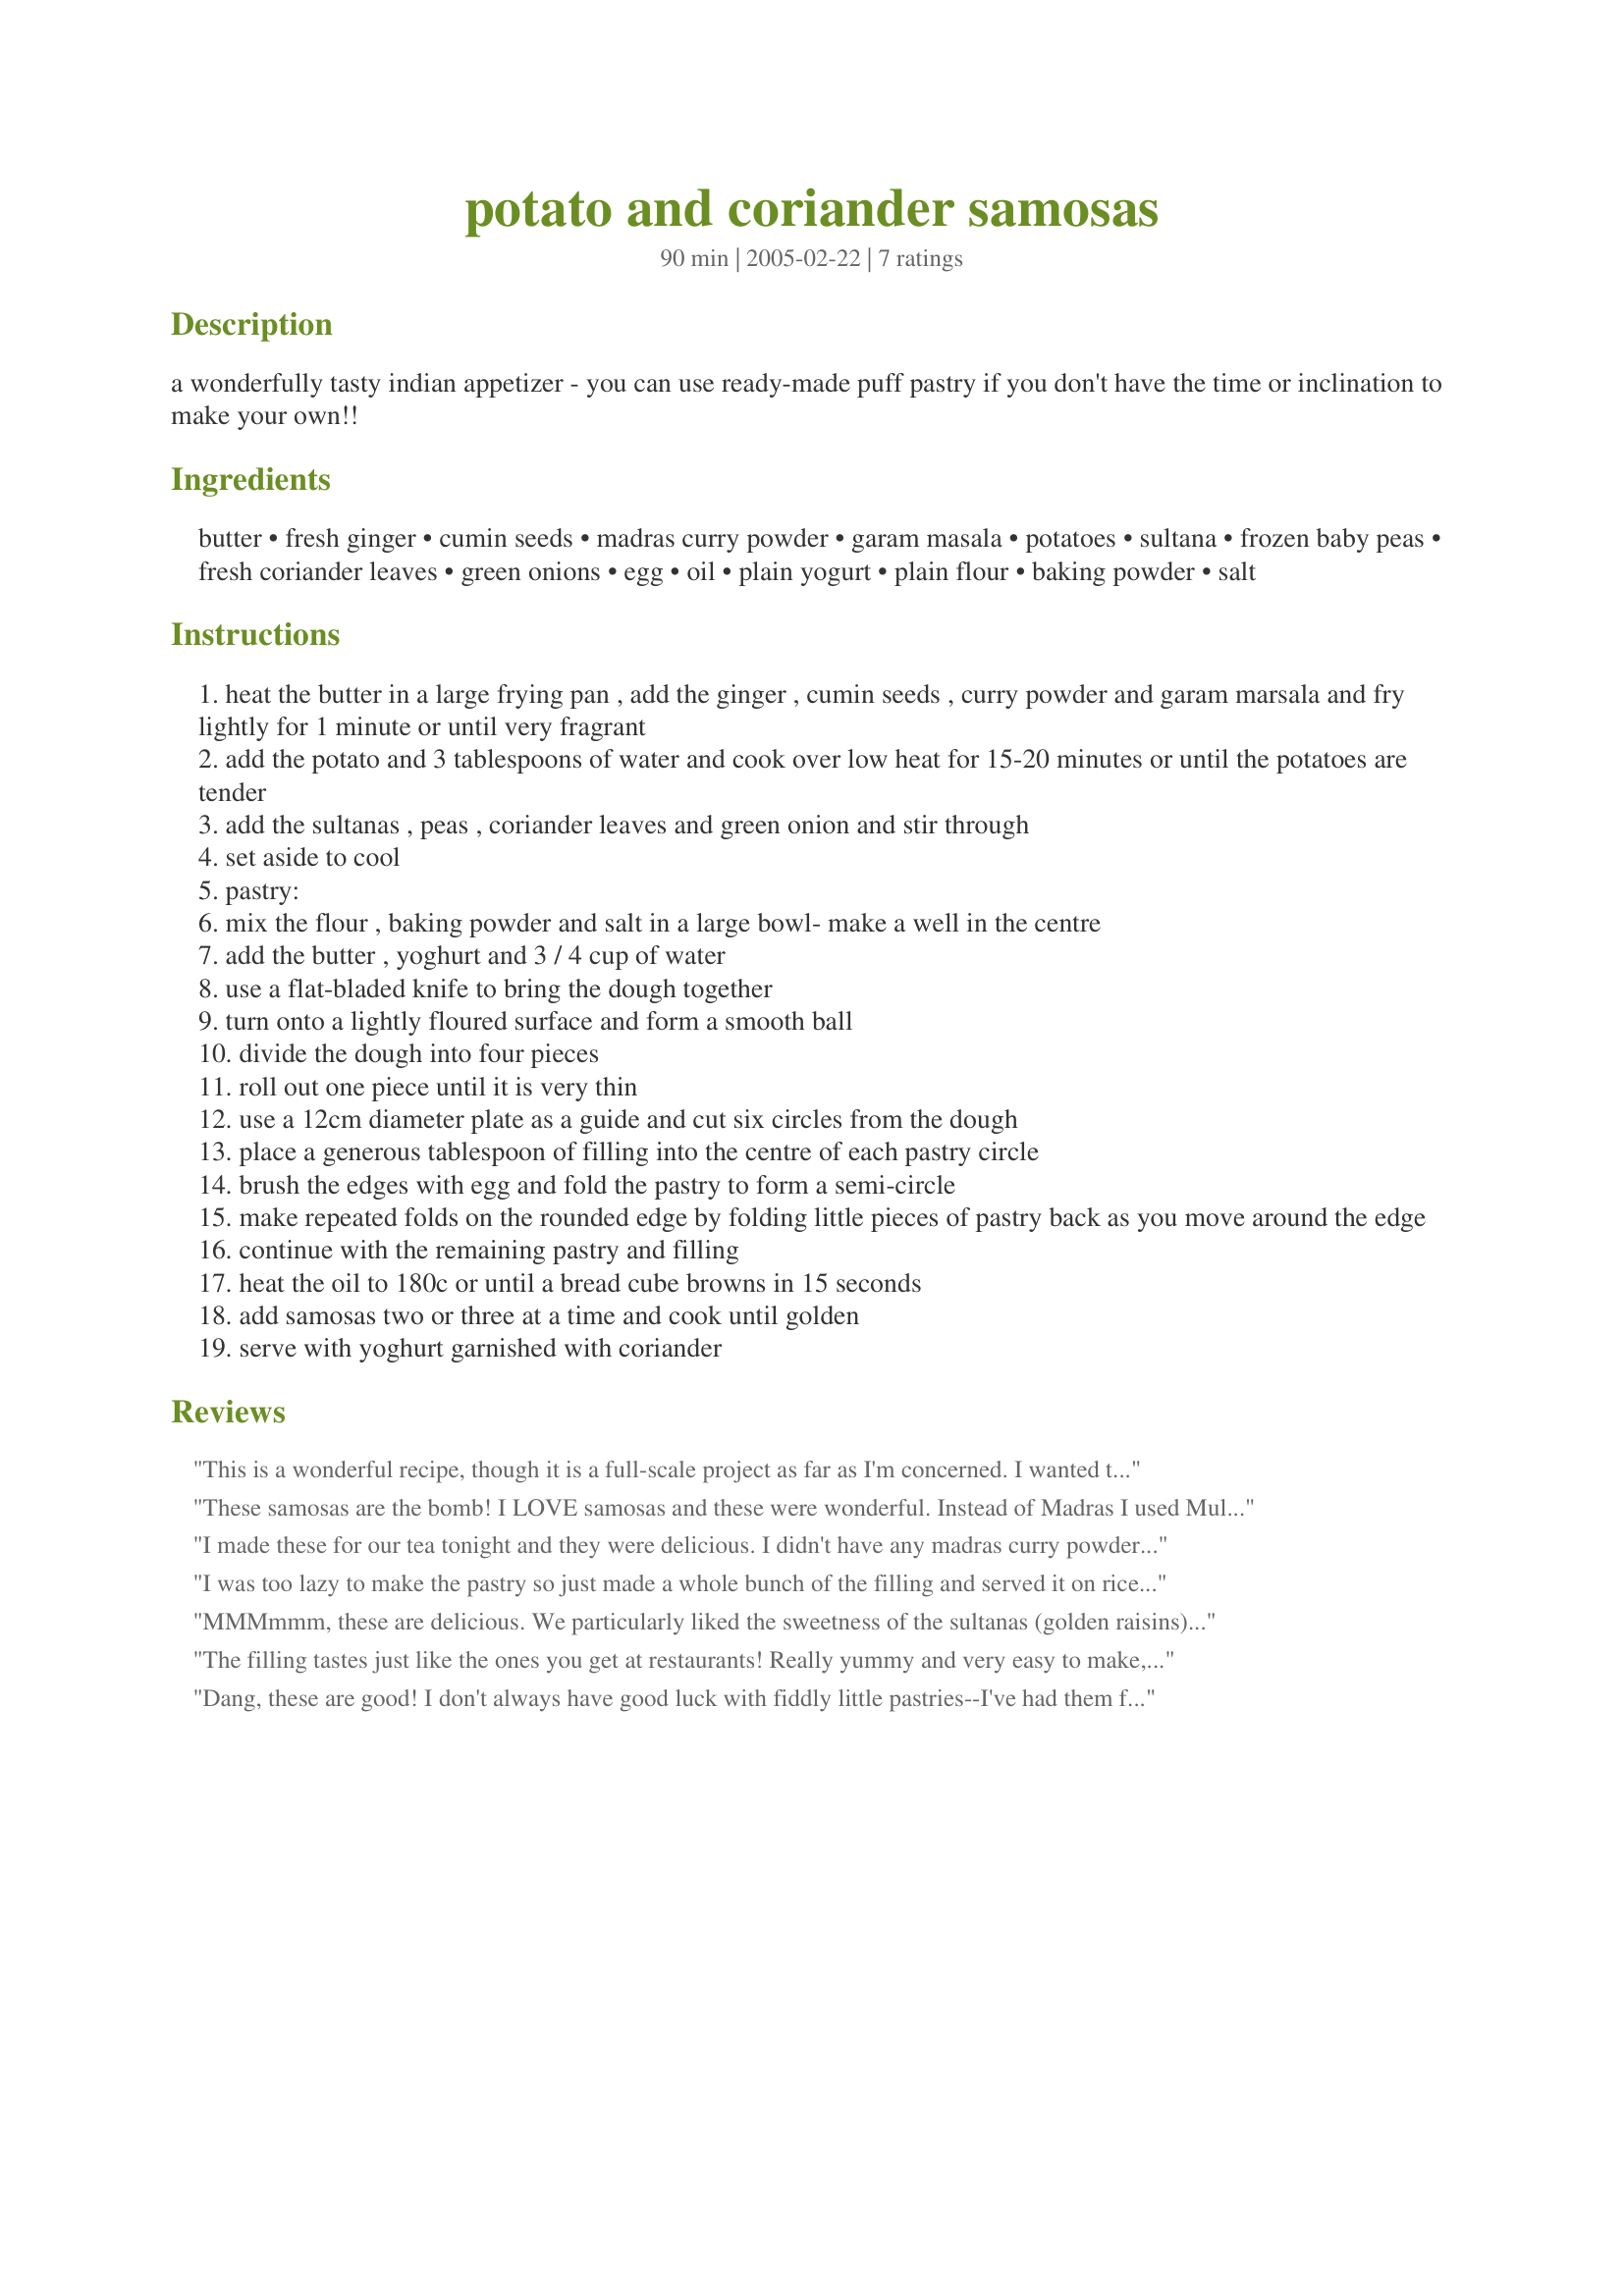
potato and coriander samosas
Preparation time: 90 minutes

a wonderfully tasty indian appetizer - you can use ready-made puff pastry if you don't have the time or inclination to make your own!!

Ingredients:
butter, fresh ginger, cumin seeds, madras curry powder, garam masala, potatoes, sultana, frozen baby peas, fresh coriander leaves, green onions, egg, oil, plain yogurt, plain flour, baking powder, salt

Steps:
heat the butter in a large frying pan , add the ginger , cumin seeds , curry powder and garam marsala and fry lightly for 1 minute or until very fragrant
add the potato and 3 tablespoons of water and cook over low heat for 15-20 minutes or until the potatoes are tender
add the sultanas , peas , coriander leaves and green onion and stir through
set aside to cool
pastry:
mix the flour , baking powder and salt in a large bowl- make a well in the centre
add the butter , yoghurt and 3 / 4 cup of water
use a flat-bladed knife to bring the dough together
turn onto a lightly floured surface and form a smooth ball
divide the dough into four pieces
roll out one piece until it is very thin
use a 12cm diameter plate as a guide and cut six circles from the dough
place a generous tablespoon of filling into the centre of each pastry circle
brush the edges with egg and fold the pastry to form a semi-circle
make repeated folds on the rounded edge by folding little pieces of pastry back as you move around the edge
continue with the remaining pastry and filling
heat the oil to 180c or until a bread cube browns in 15 seconds
add samosas two or three at a time and cook until golden
serve with yoghurt garnished with coriander

Reviews:
This is a wonderful recipe, though it is a full-scale project as far as I'm concerned. I wanted to wrap them like the Indian restaurants I go to in Tokyo, so found a YouTube video showing how. Instead of cutting out rounds, you make an oblong out of enough dough for two samosas (80 grams for two seemed about right), then cut the oblong into two half-circles, make a cone, fill it, add a sort of pleat to one side and close the cone. I followed the video's directions for wrapping, but used this recipe for everything else. I did fill them a little too full, but should improve with practice - when I have more energy. Thank you very very much for sharing this recipe with us.
These samosas are the bomb! I LOVE samosas and these were wonderful. Instead of Madras I used Mulligatawny Paste (Tamarind & Chilie paste)because I wanted a kick. Also, instead of rasins I used dates. These were ultra fabulous and were enjoyed by all who were lucky enough to get to the plate before they were gone! I also used puff pastry and cooked them in the oven at 400 degrees for 15 minutes. Beautiful recipe!!!! I served them with Raita & Chutney by elmotoo.
I made these for our tea tonight and they were delicious. I didn't have any madras curry powder so used medium curry powder and added a bit of tikka powder as well. I did make the pastry and it was lovely. I highly recommend it. I will make these again! Thanks so much!
I was too lazy to make the pastry so just made a whole bunch of the filling and served it on rice.. it was absolutely delicious! I don't care what people say, I'm going to do it again and again :) Thanks for the great recipe.
MMMmmm, these are delicious. We particularly liked the sweetness of the sultanas (golden raisins) contrasting with the curry-flavoured potatoes. I used pre-rolled sheets of store-bought puff pastry, and baked the samosas in the oven at 200C (400F) for around 20 minutes. Much healthier and just as tasty, although I do intend to make them as instructed in the recipe next time. I used your recipe #95907 for the Madras curry paste, but next time will add two teaspoons instead of one. Thanks Fairy Nuff for another winner.
The filling tastes just like the ones you get at restaurants! Really yummy and very easy to make, I left out the sultanas as DH and I aren't fans of them in savoury food, followed the rest of the recipe exactly. I too used puff pastry and baked - great entree, thank you so much!
Dang, these are good! I don't always have good luck with fiddly little pastries--I've had them fall all apart and make a mess--but these came out great. The only thing I changed was to add 1/2 tsp. salt to the filling. The potatoes took longer to cook for me--more like 25-30 minutes. I made the pastries larger (6" circles) and probably rolled the dough thicker--wound up with 10 samosas. They still got plenty crisp and hot inside after flying. Thanks!
